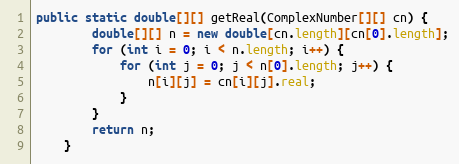
Language: Java
public static double[][] getReal(ComplexNumber[][] cn) {
        double[][] n = new double[cn.length][cn[0].length];
        for (int i = 0; i < n.length; i++) {
            for (int j = 0; j < n[0].length; j++) {
                n[i][j] = cn[i][j].real;
            }
        }
        return n;
    }